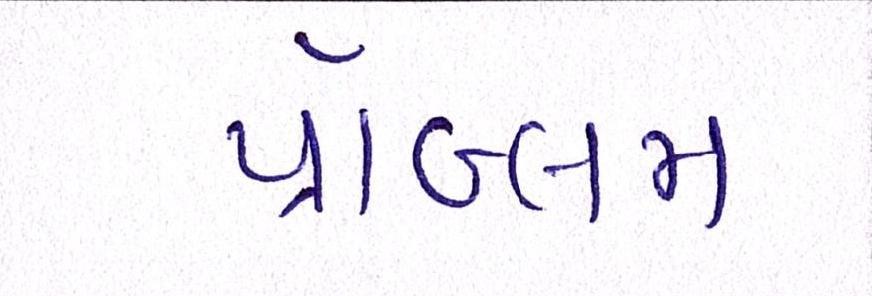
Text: પ્રૉબ્લમ